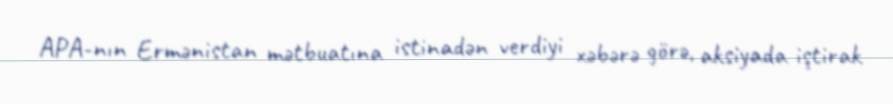
APA-nın Ermənistan mətbuatına istinadən verdiyi xəbərə görə, aksiyada iştirak